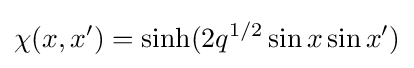
\chi (x,x')=\sinh(2q^{1/2}\sin x\sin x')